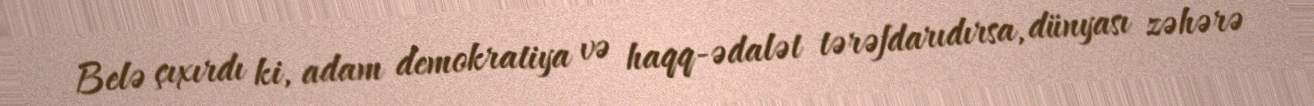
Belə çıxırdı ki, adam demokratiya və haqq-ədalət tərəfdarıdırsa, dünyası zəhərə